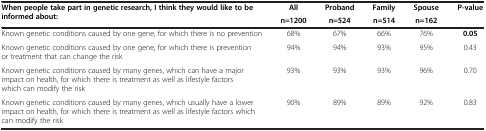
| <ROWSPAN=2> When people take part in genetic research, I think they would like to be informed about: | All | Proband | Family | Spouse | <ROWSPAN=2> P-value |
 | n=1200 | n=524 | n=514 | n=162 |
 | --- | --- | --- | --- | --- | --- |
 | Known genetic conditions caused by one gene, for which there is no prevention | 68% | 67% | 66% | 76% | 0.05 |
 | Known genetic conditions caused by one gene, for which there is prevention or treatment that can change the risk | 94% | 94% | 93% | 95% | 0.43 |
 | Known genetic conditions caused by many genes, which can have a major impact on health, for which there is treatment as well as lifestyle factors which can modify the risk | 93% | 93% | 93% | 96% | 0.70 |
 | Known genetic conditions caused by many genes, which usually have a lower impact on health, for which there is treatment as well as lifestyle factors which can modify the risk | 90% | 89% | 89% | 92% | 0.83 |